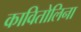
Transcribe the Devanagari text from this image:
कावितोलिना